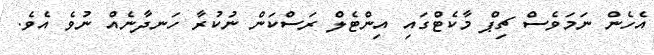
އެހެން ނަމަވެސް ޗިޕް މާކެޓްގައި އިންޓެލް ރަސްކަން ނުކުރާ ހަނދާނެއް ނުވެ އެވެ.